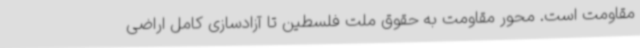
مقاومت است. محور مقاومت به حقوق ملت فلسطین تا آزادسازی کامل اراضی